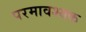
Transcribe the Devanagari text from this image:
परमावश्‍यक